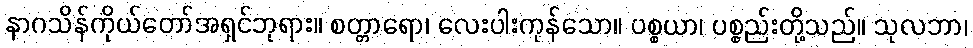
နာဂသိန်ကိုယ်တော်အရှင်ဘုရား။ စတ္တာရော၊ လေးပါးကုန်သော။ ပစ္စယာ၊ ပစ္စည်းတို့သည်။ သုလဘာ၊